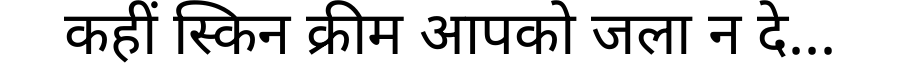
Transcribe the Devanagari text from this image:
कहीं स्किन क्रीम आपको जला न दे...